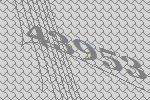
43953